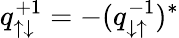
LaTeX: q_{\uparrow\downarrow}^{+1}=-(q_{\downarrow\uparrow}^{-1})^{*}